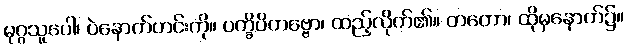
မုဂ္ဂသူပေါ၊ ပဲနောက်ဟင်းကို။ ပက္ခိပိတဗ္ဗော၊ ထည့်လိုက်၏။ တတော၊ ထိုမှနောက်၌။